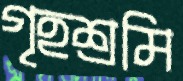
গৃহশ্রমি